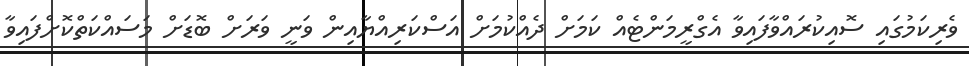
ވެރިކަމުގައި ސޮއިކުރައްވާފައިވާ އެގްރީމަންޓެއް ކަމަށް ދެއްކުމަށް އަސްކަރިއްޔާއިން ވަނީ ވަރަށް ބޮޑަށް މަސައްކަތްކޮށްފައިވާ